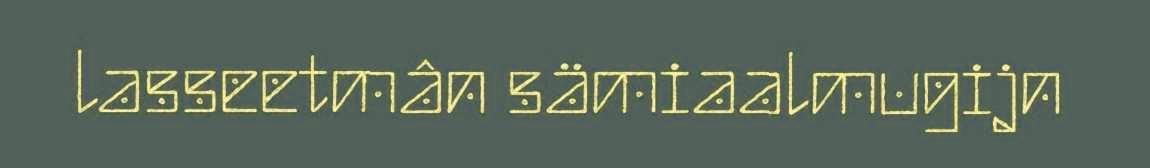
lasseetmân sämiaalmugijn